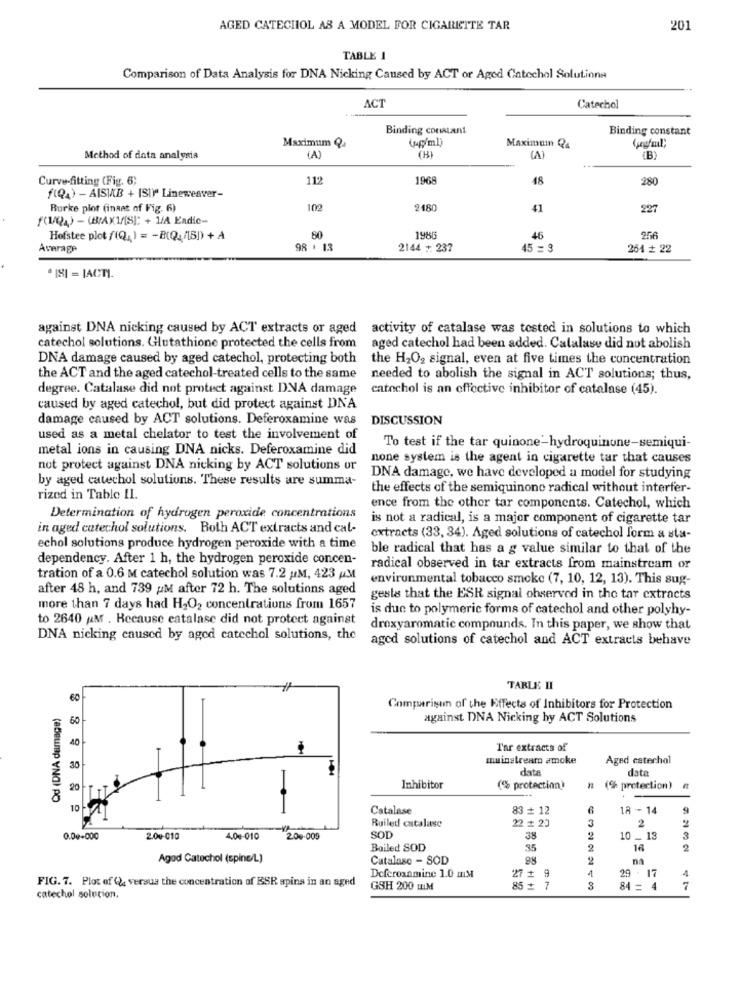
AGED CATECHIOL AS A MODEL FOR CIGARETTE TAR
201
TABLE 1
Comparison of Data Analysis for DNA Nicking Caused by ACT or Aged Catechol Solutions
ACT
Catechol
Binding constant
Binding constant
Maximum Q
Maximum Q4
Method of data analysis
(A)
(H)
(B)
Curve-fitting (Fig. 6;
112
1968
18
280
f(Q4) - AISIB + IST)" Lineweaver-
Burke plot (inaet of Fig. 6)
102
248
41
227
f(1/04) - (BAX1/[S]: + 1/A Endic-
Hofstee plot f(Q, ) = - 8(Q./[5]) + A
1986
46
256
Average
98 . 13
2144 + 237
45 = 3
261 + 22
· 181 = IACTI.
against DNA nicking caused by ACT extracts or aged activity of catalase was tested in solutions to which
catechol solutions. Glutathione protected the cells from
aged catechol had been added. Catalase did not abolish
DNA damage caused by aged catechol, protecting both
the H2O2 signal, even at five times the concentration
the ACT and the aged catechol-treated cells to the same
needed to abolish the signal in ACT solutions; thus,
degree. Catalase did not protect against DNA damage
catechol is an effective inhibitor of catalase (45).
caused by aged catechol, but did protect against DNA
damage caused by ACT solutions. Deferoxamine was
DISCUSSION
used as a metal chelator to test the involvement of
metal ions in causing DNA nicks. Deferoxamine did
To test if the tar quinone-hydroquinone-semiqui-
none system is the agent in cigarette tar that causes
not protect against DNA nicking by ACT solutions or
by aged catechol solutions. These results are summa-
DNA damage, we have developed a model for studying
the effects of the semiquinone radical without interfer-
rized in Table IL.
ence from the other tar components. Catechol, which
Determination of hydrogen peroxide concentrations
is not a radical, is a major component of cigarette tar
in aged catechol solutions. Both ACT extracts and cat-
extracts (33, 34). Aged solutions of catechol form a sta-
echol solutions produce hydrogen peroxide with a time
ble radical that has a g value similar to that of the
dependency. After 1 h, the hydrogen peroxide concen-
radical observed in tar extracts from mainstream or
tration of a 0.6 M catechol solution was 7.2 M, 423 AM
environmental tobacco smoke (7, 10, 12, 13). This sug-
after 48 h, and 739 AM after 72 h. The solutions aged
gesle that the ESR signal observed in the tar extracts
more than 7 days had H2O2 concentrations from 1657
is due to polymeric forms of catechol and other polyhy-
to 2640 AM . Because catalase did not protect against
droxyaromatic compounds. In this paper, we show that
DNA nicking caused by aged catechol solutions, the
aged solutions of catechol and ACT extracts behave
TARLE II
60
Comparison of the Effects of Inhibitors for Protection
60
against DNA Nicking by ACT Solutions
Tar extracts of
mainstreamo amoke
Aged catechol
30
data
data
20
Inhibitor
(% protection)
(%% protection)
(BSELIp YNO) PO
10
-
Catalase
83 + 12
18-14
Ruiled catalase
3
2
22 # 20
0.00+000
2.00-010
4.0€-010
2.00-009
SOD
38
10 _ 13
3
Boiled SOD
35
2
16
Agod Catechol (spine/L)
Catalase - SOD
98
na
1
17
Deferoxamine 1.0 mM
27 # 9
29 .
4
FIG. 7. Plot of (), versua the concentration of BSR spins in an aged
GSH 200 HIM
85 # 7
84 = 4
catechol solution.